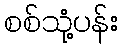
စစ်သုံ့ပန်း